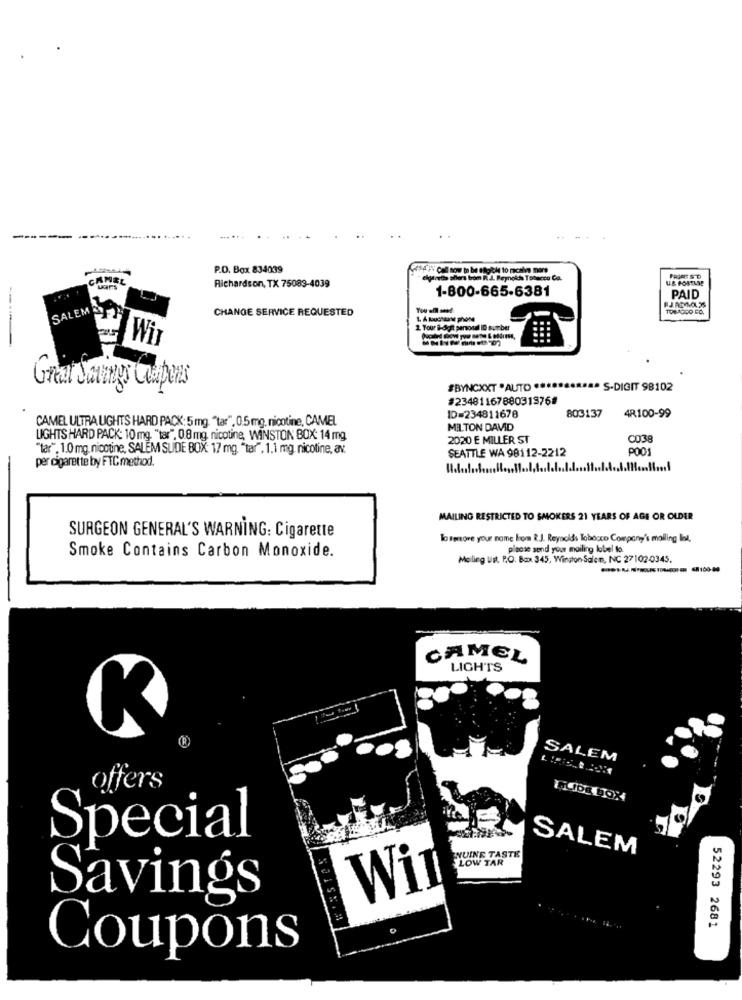
-----------.......
... ...
P.O. Box 834039
CANEL
elyouths shers bom R.J. Reynolds Tohuccu Ca.
Richardson, TX 75083-4039
1-800-665-6381
RJ.ADMLES
PAID
SALEMS
CHANGE SERVICE REQUESTED
1 Tour &-digit personal ID surber
Wi
Great Savings Coupes
#BYNCXXT *AUTO .**
. S-DIGIT 98102
#23481167880319768
803137
CAMEL ULTRA UGHTS HARD PACK: 5 mg. "tar", 0.5 mg. nicotine, CAMEL
ID=234811678
4R.100-99
MILTON DAVID
LIGHTS HARD PACK: 10 mg. "tar", 0.8 mg, nicotine, WINSTON BOX: 14 mg
2020 E MILLER ST
C038
"tar". 1.0 mg. nicotine, SALEM SUDE BOX: 17 mg. "tar". 1.1 mg nicotine, av.
SEATTLE WA 98112-2212
POO
per cigarette by FTC method.
MAILING RESTRICTED TO SMOKERS 21 YEARS OF AGE OR OLDER
SURGEON GENERAL'S WARNING: Cigarette
To remove your nome how R.J. Reynolds Tobosco Company's mailing list.
Smoke Contains Carbon Monoxide.
please send your mailing lobel to.
Moling Us, P.O. Box 345, Winston Salem, NC 27102-0345.
CAMEL
LIGHTS
SALEM
offers
Special
NUINE TASTE
SALEM
LOW TAR
Wi
Savings
52293 2681
Coupons